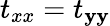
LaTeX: t_{xx}=t_{\mathbf{y}\mathbf{y}}